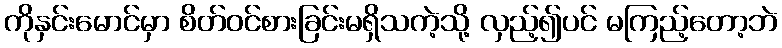
ကိုနှင်းမောင်မှာ စိတ်ဝင်စားခြင်းမရှိသကဲ့သို့ လှည့်၍ပင် မကြည့်တော့ဘဲ